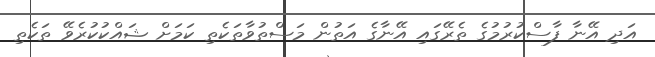
އަދި އޭނާ ފާސްކުރުމުގެ ތެރޭގައި އޭނާގެ އަތުން މަސްތުވާތަކެތި ކަމަށް ޝައްކުކުރެވޭ ތަކެތި